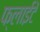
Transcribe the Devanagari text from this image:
फ्लाईटें